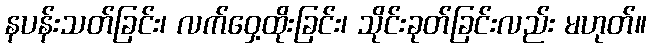
နပန်းသတ်ခြင်း၊ လက်ဝှေ့ထိုးခြင်း၊ သိုင်းခုတ်ခြင်းလည်း မဟုတ်။